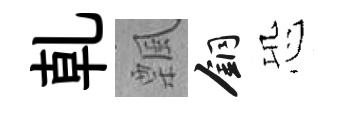
乹飄銅恐